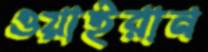
ওয়াইরান